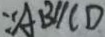
\because A B / / C D